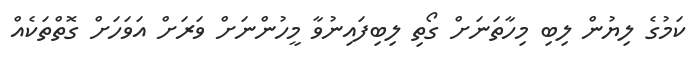
ކަމުގެ ލިޔުން ލިބި މިހާތަނަށް ގޯތި ލިބިފައިނުވާ މީހުންނަށް ވަރަށް އަވަހަށް ގޮތްތަކެއް